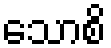
သောစိ